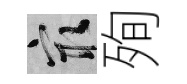
冣殉